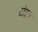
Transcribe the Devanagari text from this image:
टॉइज